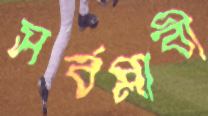
সর্বপ্লাবী